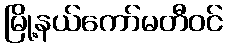
မြို့နယ်ကော်မတီဝင်